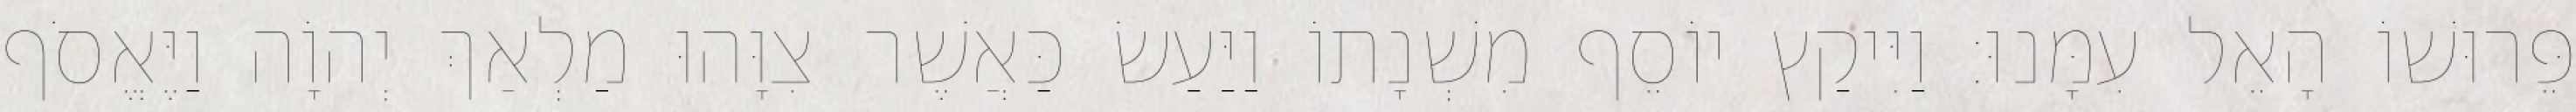
פֵּרוּשׁוֹ הָאֵל עִמָּנוּ׃ וַיִּיקַץ יוֹסֵף מִשְׁנָתוֹ וַיַּעַשׂ כַּאֲשֶׁר צִוָּהוּ מַלְאַךְ יְהוָֹה וַיֶּאֱסֹף